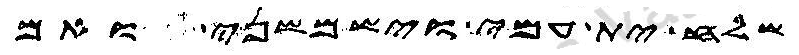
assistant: שלח ית עמי וישמשני ואם